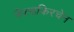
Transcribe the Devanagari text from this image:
फेल्डकिरचेन